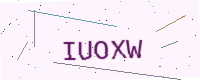
Text: IUOXW